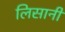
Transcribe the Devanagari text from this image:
लिसानी